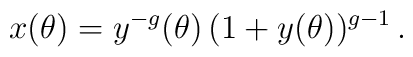
x(\theta)  = y^{-g}(\theta) \, (1+y(\theta))^{g-1} \,.